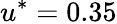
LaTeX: u^{*}=0.35